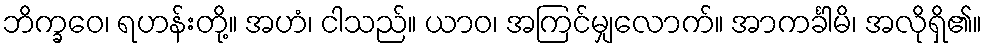
ဘိက္ခဝေ၊ ရဟန်းတို့။ အဟံ၊ ငါသည်။ ယာဝ၊ အကြင်မျှလောက်။ အာကင်္ခါမိ၊ အလိုရှိ၏။